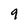
Character: 9